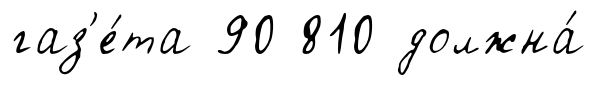
газ'е́та 90 810 должна́